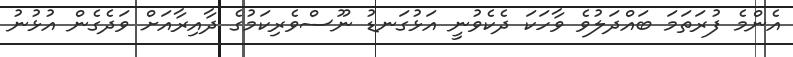
އެންމެ ފުރަތަމަ ބައްދަލުވެ ވާހަކަ ދެކެވުނީ އަޅުގަނޑު ނޫސްވެރިކަމުގެ ދާއިރާއަށް ވަދެގެން އުޅުނު